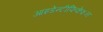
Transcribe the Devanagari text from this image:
आइडेन्टीफिकेशन